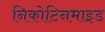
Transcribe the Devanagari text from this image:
निकोटिनमाइड